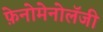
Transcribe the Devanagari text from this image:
फ़ेनोमेनोलॅजी